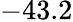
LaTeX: -43.2